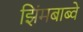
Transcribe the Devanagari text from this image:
झिंमबाब्वे